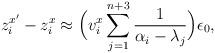
LaTeX: \begin{align*}z_i^{x'}-z_i^{x}\approx\Big(v^{x}_i\sum_{j=1}^{n+3}\frac{1}{\alpha_{i}-\lambda_j}\Big)\epsilon_0,\end{align*}